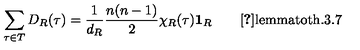
\sum _ { \tau \in T } D _ { R } ( \tau ) = \frac { 1 } { d _ { R } } \frac { n ( n - 1 ) } { 2 } \chi _ { R } ( \tau ) \mathrm { { \bf 1 } } _ { R } \qquad \mathrm { \cite { T u n g } l e m m a t o t h . 3 . 7 }